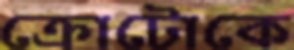
ক্রোটোকে